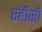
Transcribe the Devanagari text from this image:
रहीसी